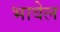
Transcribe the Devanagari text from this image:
भावेल